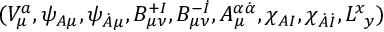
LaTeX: ( V _ { \mu } ^ { a } , \psi _ { A \mu } , \psi _ { \dot { A } \mu } , B _ { \mu \nu } ^ { + I } , B _ { \mu \nu } ^ { - \dot { I } } , A _ { \mu } ^ { \alpha \dot { \alpha } } , \chi _ { A I } , \chi _ { \dot { A } \dot { I } } , L _ { \ y } ^ { x } )